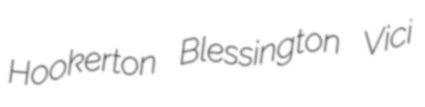
Hookerton Blessington Vici